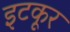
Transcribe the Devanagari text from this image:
इटकूर